Report of the Indian Hemp Drugs Commission, 1894-1895 - Volume III
Year: 1894
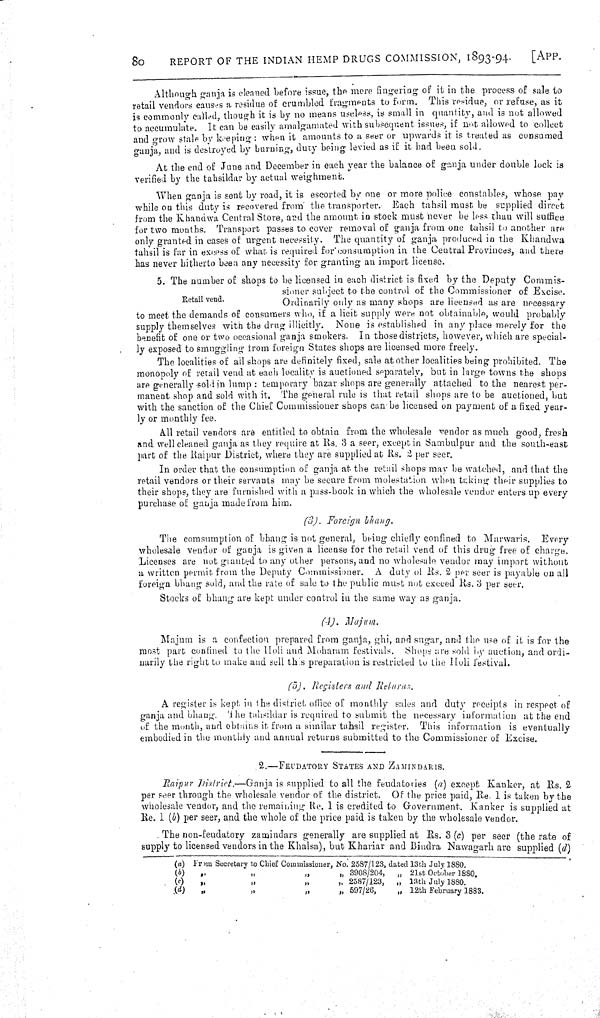
80
REPORT OF THE INDIAN HEMP DRUGS COMMISSION, 1893-94.
[APP.
Although ganja is cleaned before issue, the mere fingering of it in the process of sale to
retail vendors causes a residue of crumbled fragments to form. This residue, or refuse, as it
is commonly called, though it is by no means useless, is small in quantity, and is not allowed
to accumulate. It can be easily amalgamated with subsequent issues, if not allowed to collect
and grow stale by keeping: when it amounts to a seer or upwards it is treated as consumed
ganja, and is destroyed by burning, duty being levied as if it had been sold.
At the end of June and December in each year the balance of ganja under double lock is
verified by the tahsildar by actual weighment.
When ganja is sent by road, it is escorted by one or more police constables, whose pay
while on this duty is recovered from the transporter. Each tahsil must be supplied direct
from the Khandwa Central Store, and the amount in stock must never be less than will suffice
for two months. Transport passes to cover removal of ganja from one tahsil to another are
only granted in cases of urgent necessity. The quantity of ganja produced in the Khandwa
tahsil is far in excess of what is required for consumption in the Central Provinces, and there
has never hitherto been any necessity for granting an import license.
Retail vend.
5. The number of shops to be licensed in each district is fixed by the Deputy Commis-
sioner subject to the control of the Commissioner of Excise.
Ordinarily only as many shops are licensed as are necessary
to meet the demands of consumers who, if a licit supply were not obtainable, would probably
supply themselves with the drug illicitly. None is established in any place merely for the
benefit of one or two occasional ganja smokers. In those districts, however, which are special-
ly exposed to smuggling from foreign States shops are licensed more freely.
The localities of all shops are definitely fixed, sale at other localities being prohibited. The
monopoly of retail vend at each locality is auctioned separately, but in large towns the shops
are generally sold in lump: temporary bazar shops are generally attached to the nearest per-
manent shop and sold with it. The general rule is that retail shops are to be auctioned, but
with the sanction of the Chief Commissioner shops can be licensed on payment of a fixed year-
ly or monthly fee.
All retail vendors are entitled to obtain from the wholesale vendor as much good, fresh
and well cleaned ganja as they require at Rs. 3 a seer, except in Sambulpur and the south-east
part of the Raipur District, where they are supplied at Rs. 2 per seer.
In order that the consumption of ganja at the retail shops may be watched, and that the
retail vendors or their servants may be secure from molestation when taking their supplies to
their shops, they are furnished with a pass-book in which the wholesale vendor enters up every
purchase of ganja made from him.
(3). Foreign bhang.
The consumption of bhang is not general, being chiefly confined to Marwaris. Every
wholesale vendor of ganja is given a license for the retail vend of this drug free of charge.
Licenses are not granted to any other persons, and no wholesale vendor may import without
a written permit from the Deputy Commissioner. A duty of Rs. 2 per seer is payable on all
foreign bhang sold, and the rate of sale to the public must not exceed Rs. 3 per seer.
Stocks of bhang are kept under control in the same way as ganja.
(4). Majum.
Majum is a confection prepared from ganja, ghi, and sugar, and the use of it is for the
most part confined to the Holi and Moharam festivals. Shops are sold by auction, and ordi-
narily the right to make and sell this preparation is restricted to the Holi festival.
(5). Registers and Returns.
A register is kept in the district office of monthly sales and duty receipts in respect of
ganja and bhang. The tahsildar is required to submit the necessary information at the end
of the month, and obtains it from a similar tahsil register. This information is eventually
embodied in the monthly and annual returns submitted to the Commissioner of Excise.
2.—FEUDATORY STATES AND ZAMINDARIS.
Raipur District.—Ganja is supplied to all the feudatories (a) except Kanker, at Rs. 2
per seer through the wholesale vendor of the district. Of the price paid, Re. 1 is taken by the
wholesale vendor, and the remaining Re. 1 is credited to Government. Kanker is supplied at
Re. 1 (b) per seer, and the whole of the price paid is taken by the wholesale vendor.
The non-feudatory zamindars generally are supplied at Rs. 3 (c) per seer (the rate of
supply to licensed vendors in the Khalsa), but Khariar and Bindra Nawagarh are supplied (d)
(a) From Secretary to Chi ef Commi ssi oner, No. 2587/123, dated 13th July 1880.
(b) "
"
"
" 3908/204, " 21st October 1880.
(c) "
"
"
" 2587/123, " 13th July 1880.
(d) "
"
"
" 597/26,
" 12th February 1883.